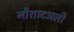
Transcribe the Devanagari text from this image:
नौशादअली